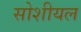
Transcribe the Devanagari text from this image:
सोशीयल